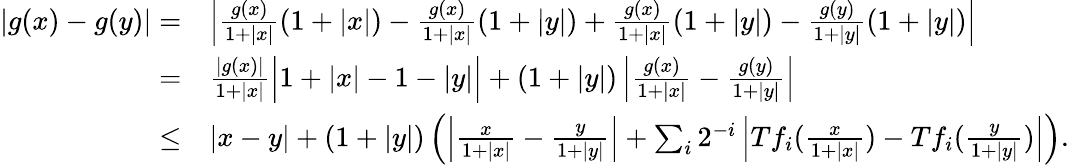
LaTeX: \begin{array}{rl}{|g(x)-g(y)|=}&{\left|\frac{g(x)}{1+|x|}(1+|x|)-\frac{g(x)}{1+|x|}(1+|y|)+\frac{g(x)}{1+|x|}(1+|y|)-\frac{g(y)}{1+|y|}(1+|y|)\right|}\\ {=}&{\frac{|g(x)|}{1+|x|}\Big|1+|x|-1-|y|\Big|+(1+|y|)\left|\frac{g(x)}{1+|x|}-\frac{g(y)}{1+|y|}\right|}\\ {\leq}&{|x-y|+(1+|y|)\left(\left|\frac{x}{1+|x|}-\frac{y}{1+|y|}\right|+\sum_{i}2^{-i}\left|Tf_{i}(\frac{x}{1+|x|})-Tf_{i}(\frac{y}{1+|y|})\right|\right).}\end{array}